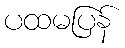
ပထမပြန်